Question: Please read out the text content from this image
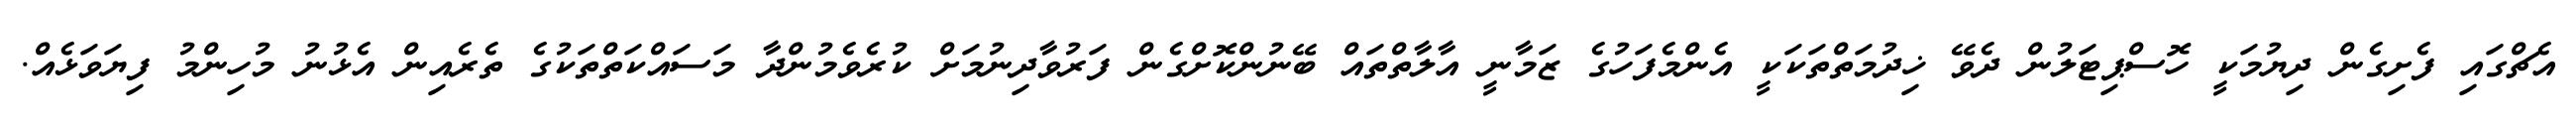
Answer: އެޗްގައި ފެށިގެން ދިޔުމަކީ ހޮސްޕިޓަލުން ދެވޭ ޚިދުމަތްތަކަކީ އެންމެފަހުގެ ޒަމާނީ އާލާތްތައް ބޭނުންކޮށްގެން ފަރުވާދިނުމަށް ކުރެވެމުންދާ މަސައްކަތްތަކުގެ ތެރެއިން އެޅުނު މުހިންމު ފިޔަވަޅެއް.